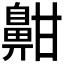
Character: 𪖟